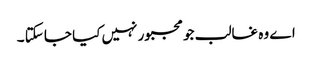
اے وہ غالب جو مجبور نہیں کیا جا سکتا ۔